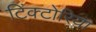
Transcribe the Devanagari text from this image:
टिंक्टोरिया